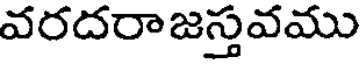
వరదరాజస్తవము